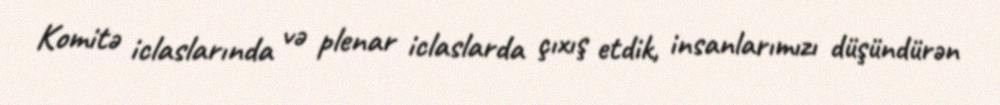
Komitə iclaslarında və plenar iclaslarda çıxış etdik, insanlarımızı düşündürən